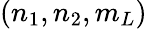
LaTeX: (n_{1},n_{2},m_{L})